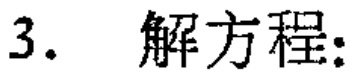
3. 解方程: